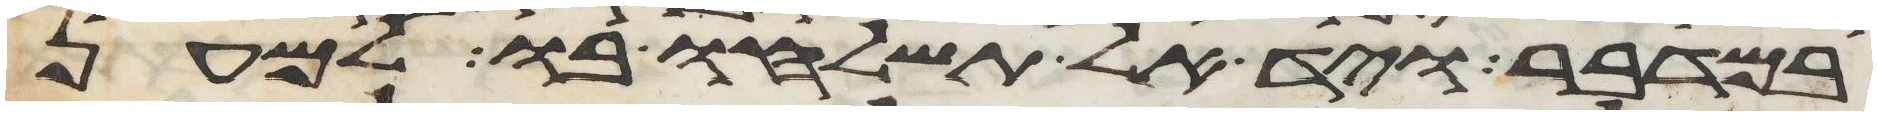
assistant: במדבר ויד אל תשלחו בו למען